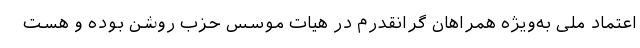
اعتماد ملی به‌ویژه همراهان گرانقدرم در هیات موسس حزب روشن بوده و هست